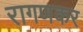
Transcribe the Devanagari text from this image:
रागणकर